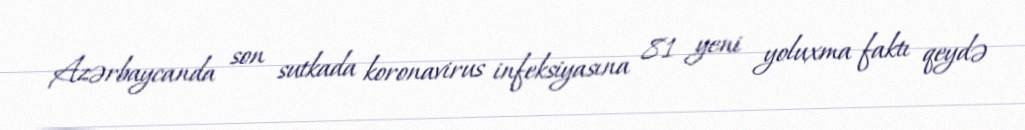
Azərbaycanda son sutkada koronavirus infeksiyasına 81 yeni yoluxma faktı qeydə